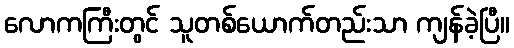
လောကကြီးတွင် သူတစ်ယောက်တည်းသာ ကျန်ခဲ့ပြီ။